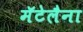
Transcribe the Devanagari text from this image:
मॅटेलैना